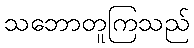
သဘောတူကြသည်